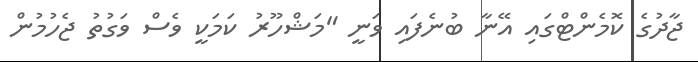
ޖާދުގެ ކޮމެންޓްގައި އޭނާ ބުނެފައި ވަނީ "މަޝްހޫރު ކަމަކީ ވެސް ވަގުތު ޖެހުމުން